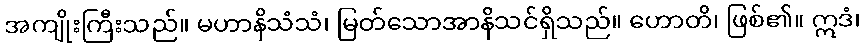
အကျိုးကြီးသည်။ မဟာနိသံသံ၊ မြတ်သောအာနိသင်ရှိသည်။ ဟောတိ၊ ဖြစ်၏။ ဣဒံ၊